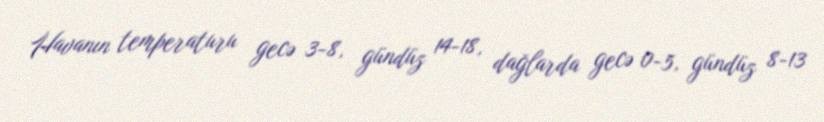
Havanın temperaturu gecə 3-8, gündüz 14-18, dağlarda gecə 0-5, gündüz 8-13